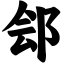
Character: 郐